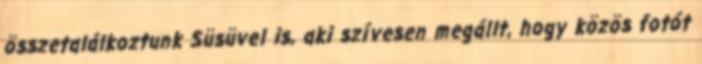
összetalálkoztunk Süsüvel is, aki szívesen megállt, hogy közös fotót